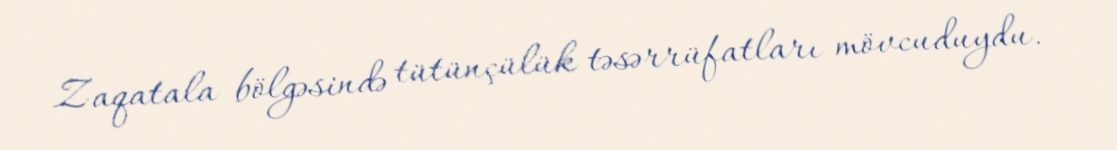
Zaqatala bölgəsində tütünçülük təsərrüfatları mövcuduydu.